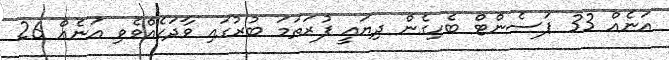
އަނެއް 33 ޕަސެންޓް ބެހިގެން ދިޔައީ ފުރަތަމަ ބުރުގައި ވާދަކެއްވެވި އަނެއް 26